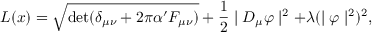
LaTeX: { \cal L } ( x ) = \sqrt { \mathrm { d e t } ( \delta _ { \mu \nu } + 2 \pi \alpha ^ { \prime } F _ { \mu \nu } ) } + \frac { 1 } { 2 } \mid D _ { \mu } \varphi \mid ^ { 2 } + \lambda ( \mid \varphi \mid ^ { 2 } ) ^ { 2 } ,